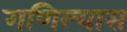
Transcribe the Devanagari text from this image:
गणिल्यास